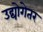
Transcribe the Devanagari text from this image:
उद्योगेतर